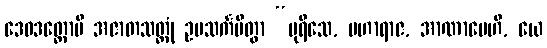
ဒေဝဒတ္တောပိ အဇာတသတ္တုံ ဥပသင်္ကမိတွာ “ပုရိသေ, မဟာရာဇ, အာဏာပေဟိ, ယေ